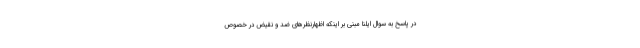
در پاسخ به سوال ایلنا مبنی بر اینکه اظهارنظرهای ضد و نقیض در خصوص